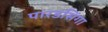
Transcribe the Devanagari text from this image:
पारडसिंगा